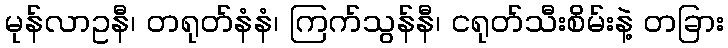
မုန်လာဥနီ၊ တရုတ်နံနံ၊ ကြက်သွန်နီ၊ ငရုတ်သီးစိမ်းနဲ့ တခြား